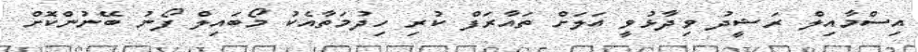
އިސްމާއިލް ރަޝީދު ވިދާޅުވީ އަލަށް ތައާރަފް ކުރި ހިދުމަތާއެކު މޯބައިލް ފޯނު ބޭނުންކޮށް